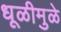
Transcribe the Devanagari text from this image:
धूळीमुळे